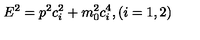
E ^ { 2 } = p ^ { 2 } c _ { i } ^ { 2 } + m _ { 0 } ^ { 2 } c _ { i } ^ { 4 } , ( i = 1 , 2 )